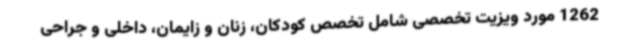
1262 مورد ویزیت تخصصی شامل تخصص کودکان، زنان و زایمان، داخلی و جراحی